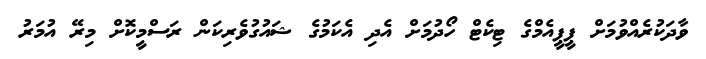
ވާދަކުރެއްވުމަށް ޕީޕީއެމްގެ ޓިކެޓް ހޯދުމަށް އެދި އެކަމުގެ ޝައުގުވެރިކަން ރަސްމީކޮށް މިރޭ އުމަރު